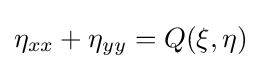
\eta _{xx}+\eta _{yy}=Q(\xi ,\eta )